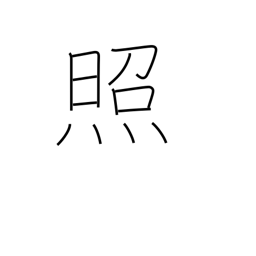
Meaning: shine